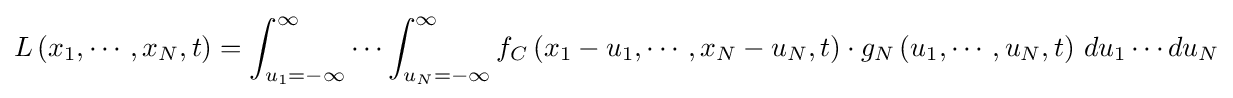
L\left(x_{1},\cdots ,x_{N},t\right)=\int _{u_{1}=-\infty }^{\infty }\cdots \int _{u_{N}=-\infty }^{\infty }f_{C}\left(x_{1}-u_{1},\cdots ,x_{N}-u_{N},t\right)\cdot g_{N}\left(u_{1},\cdots ,u_{N},t\right)\,du_{1}\cdots du_{N}